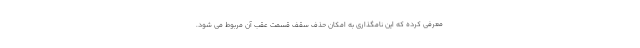
معرفی کرده که این نامگذاری به امکان حذف سقف قسمت عقب آن مربوط می شود.